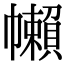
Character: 𢅭